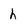
Character: h